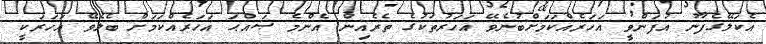
އެކަލޭގެފާނު އުފަންވީ އަހަރެއްކަމަށްބުނެވޭ އަހަރުތަކުގެ ތެރެއިން އެންމެ ޞައްޙަ އަހަރެއްކަމަށް ބެލެވޭ އަހަރަކީ